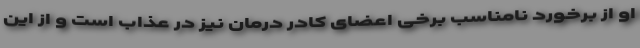
او از برخورد نامناسب برخی اعضای کادر درمان نیز در عذاب است و از این‌